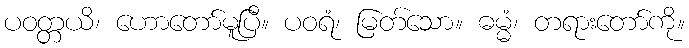
ပဝတ္တယိ၊ ဟောတော်မူပြီ။ ပဝရံ၊ မြတ်သော။ ဓမ္မံ၊ တရားတော်ကို။